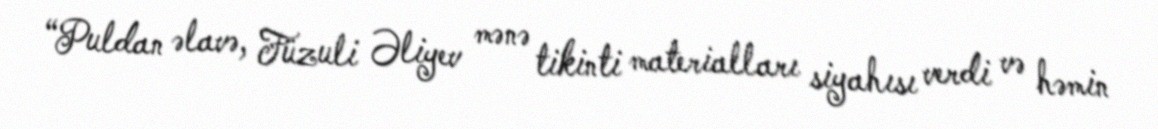
“Puldan əlavə, Füzuli Əliyev mənə tikinti materialları siyahısı verdi və həmin